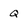
Character: q